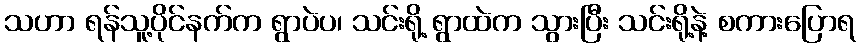
သဟာ ရန်သူ့ပိုင်နက်က ရွာပဲပ၊ သင်းရို့ ရွာထဲက သွားပြီး သင်းရို့နဲ့ စကားပြောရ